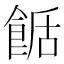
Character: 𩛶